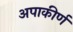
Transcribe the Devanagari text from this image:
अपाकीर्ण